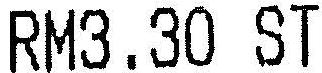
RM3.30 ST